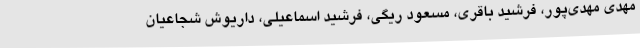
مهدی مهدی‌پور، فرشید باقری، مسعود ریگی، فرشید اسماعیلی، داریوش شجاعیان